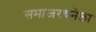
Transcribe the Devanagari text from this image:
समाजरचनेला